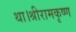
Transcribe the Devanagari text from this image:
था।श्रीरामकृष्ण